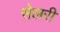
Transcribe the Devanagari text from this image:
सेलरी